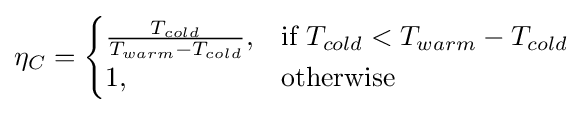
\eta _{C}={\begin{cases}{\frac {T_{cold}}{T_{warm}-T_{cold}}},&{\mbox{if }}T_{cold}<T_{warm}-T_{cold}\\1,&{\mbox{otherwise}}\end{cases}}